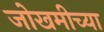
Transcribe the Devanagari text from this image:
जोखमीच्या